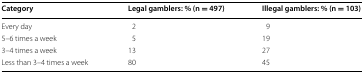
<table><thead><tr><td><b>Category</b></td><td><b>Legal gamblers: % (n = 497)</b></td><td><b>Illegal gamblers: % (n = 103)</b></td></tr></thead><tbody><tr><td>Every day</td><td>2</td><td>9</td></tr><tr><td>5–6 times a week</td><td>5</td><td>19</td></tr><tr><td>3–4 times a week</td><td>13</td><td>27</td></tr><tr><td>Less than 3–4 times a week</td><td>80</td><td>45</td></tr></tbody></table>